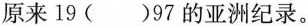
原来19( )97的亚洲纪录。